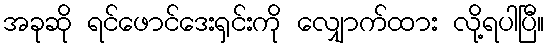
အခုဆို ရင်ဖောင်ဒေးရှင်းကို လျှောက်ထား လို့ရပါပြီ။